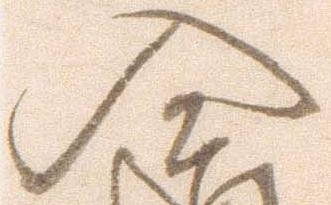
入